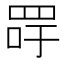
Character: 𦊯